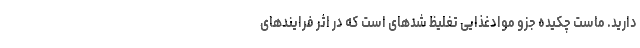
دارید. ماست چکیده جزو موادغذایی تغلیظ ‌شدهای است که در اثر فرایندهای